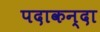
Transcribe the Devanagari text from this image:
पदाकन्दा